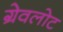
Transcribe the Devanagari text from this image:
ग्रेवलोट